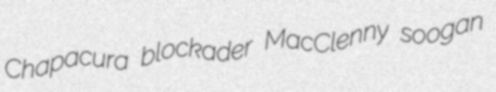
Chapacura blockader MacClenny soogan